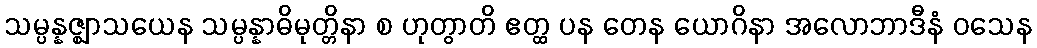
သမ္ပန္နဇ္ဈာသယေန သမ္ပန္နာဓိမုတ္တိနာ စ ဟုတွာတိ ဧတ္ထ ပန တေန ယောဂိနာ အလောဘာဒီနံ ဝသေန